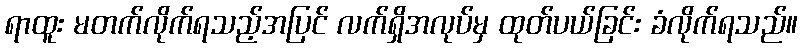
ရာထူး မတက်လိုက်ရသည့်အပြင် လက်ရှိအလုပ်မှ ထုတ်ပယ်ခြင်း ခံလိုက်ရသည်။